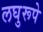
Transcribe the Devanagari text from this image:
लघुरूपे